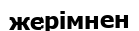
жерімнен